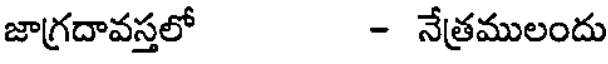
జాగ్రదావస్తలో - నేత్రములందు